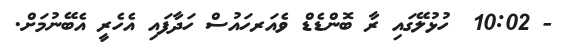
- 10:02  ހުޅުލޭގައި ރާ ބޮންޑެޑް ވެއަރހައުސް ހަދާފައި އެހެރީ އެބޭނުމަށް.